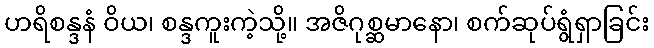
ဟရိစန္ဒနံ ဝိယ၊ စန္ဒကူးကဲ့သို့။ အဇိဂုစ္ဆမာနော၊ စက်ဆုပ်ရွံရှာခြင်း